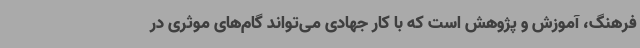
فرهنگ، آموزش و پژوهش است که با کار جهادی می‌تواند گام‌های موثری در